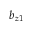
b _ { z 1 }